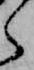
ら